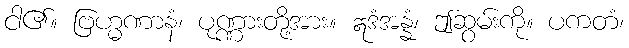
ငါ၏။ ဗြဟ္မဏာနံ၊ ပုဏ္ဏားတို့အား။ ဣဒံအန္နံ၊ ဤဆွမ်းကို။ ပကတံ၊